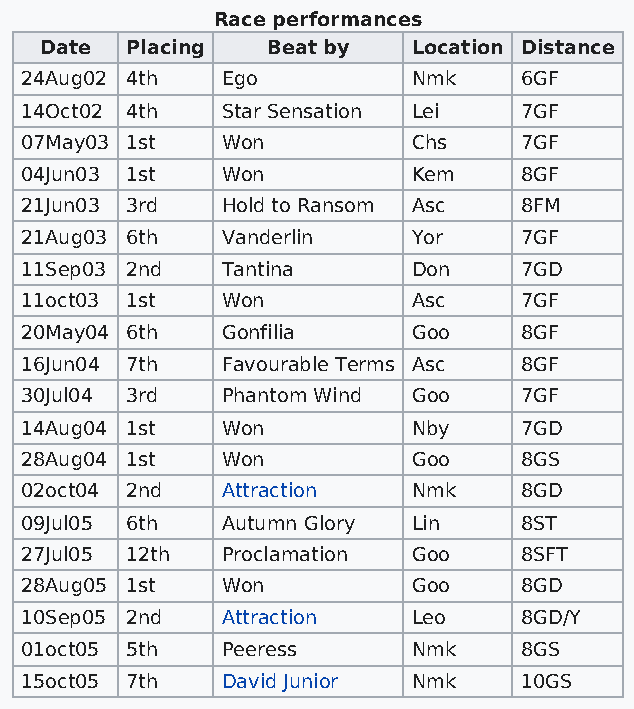
Race performances
 Date Placing   Beat by  Location Distance
 24Aug02 4th   Ego         Nmk    6GF
 14Oct02 4th   Star Sensation Lei 7GF
 07May03 1st   Won         Chs    7GF
 04Jun03 1st   Won         Kem    8GF
 21Jun03 3rd   Hold to Ransom Asc 8FM
 21Aug03 6th   Vanderlin   Yor    7GF
 11Sep03 2nd   Tantina     Don    7GD
 11oct03 1st   Won         Asc    7GF
 20May04 6th   Gonfilia    Goo    8GF
 16Jun04 7th   Favourable Terms Asc 8GF
 30Jul04 3rd   Phantom Wind Goo   7GF
 14Aug04 1st   Won         Nby    7GD
 28Aug04 1st   Won         Goo    8GS
 02oct04 2nd   Attraction  Nmk    8GD
 09Jul05 6th   Autumn Glory Lin   8ST
 27Jul05 12th  Proclamation Goo   8SFT
 28Aug05 1st   Won         Goo    8GD
 10Sep05 2nd   Attraction  Leo    8GD/Y
 01oct05 5th   Peeress     Nmk    8GS
 15oct05 7th   David Junior Nmk   10GS